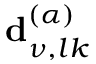
\mathbf { d } _ { \nu , l k } ^ { ( \alpha ) }